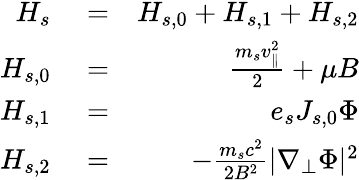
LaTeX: \begin{array}{rlr}{H_{s}}&{{}=}&{H_{s,0}+H_{s,1}+H_{s,2}}\\ {H_{s,0}}&{{}=}&{\frac{m_{s}v_{\parallel}^{2}}{2}+\mu B}\\ {H_{s,1}}&{{}=}&{e_{s}J_{s,0}\Phi}\\ {H_{s,2}}&{{}=}&{-\frac{m_{s}c^{2}}{2B^{2}}|\nabla_{\perp}\Phi|^{2}}\end{array}